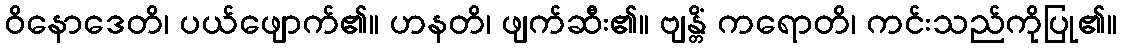
ဝိနောဒေတိ၊ ပယ်ဖျောက်၏။ ဟနတိ၊ ဖျက်ဆီး၏။ ဗျန္တိံ ကရောတိ၊ ကင်းသည်ကိုပြု၏။